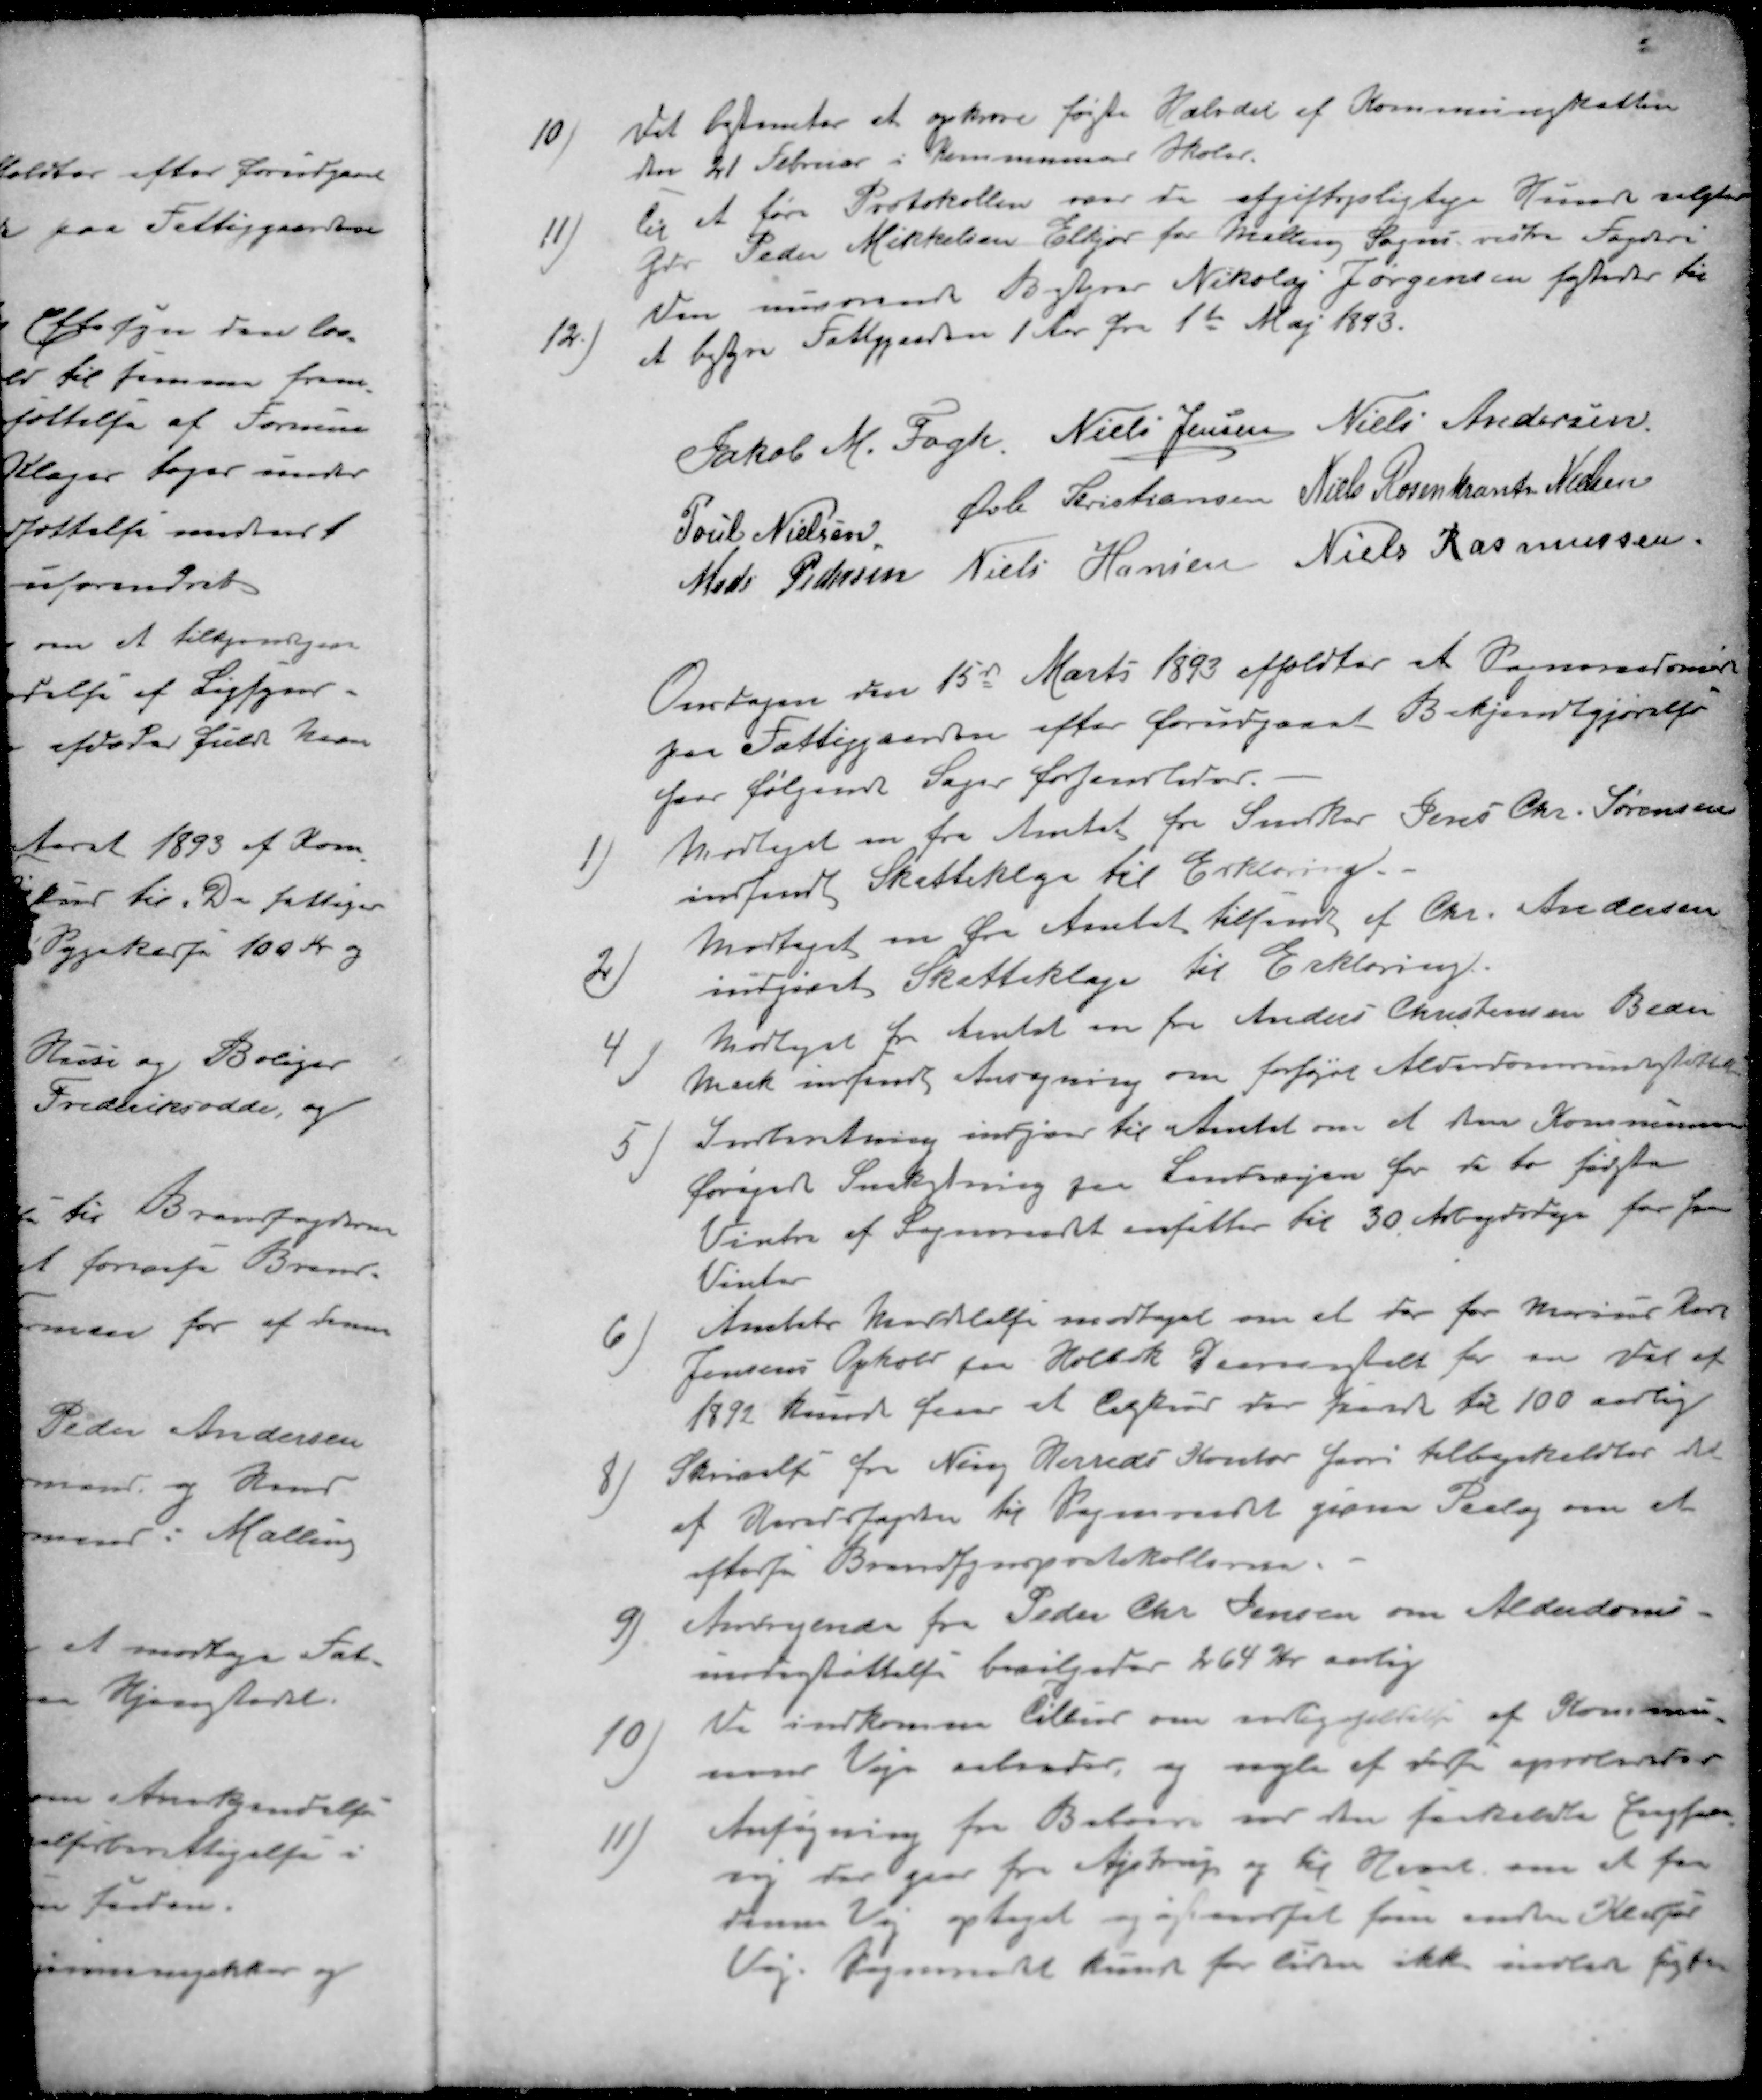
Transskription:
10 ) Det bestemtes at opkræve første Halvdel af Kommuneskatten
den 21 Februar i Kommunens Skoler.
11 ) til at føre Protokollen over de afgiftepligtige H valgtes
Gdr Peder Mikkelsen Elkjær for Malling Sogns vestre Fogderi
12 ) Den nuværende Bestyrer Nikolaj Jørgensen fæstedes til
at bestyre Fattigaarden 1 Aar fra 1te Maj 1843.
Jakob M. Fogh
Niels Jensen
Niels Andersen
Poul Nielsen
Øvli Kristiansen
Niels Rosenkrants Nielsen
Mads Pedersen
Niels Hansen
Niels Rasmussen
Onsdagen den 15de Marts 1893 afholdtes et Sogneraadsmøde
paa Fattiggaarden efter forudgaaet Bekjendtgjørelse
hvor følgende Sager forhandledes.
1 ) Modtaget en fra Amtet fra Snedker Jens Chr. Sørensen
indsendt Skatteklage til Erklæring.
2 ) Modtaget en fra Amtet tilsendt af Chr. Andersen
indgivet Skatteklage til Erklæring.
4 )Modtaget fra Amtet en fra Anders Christensen Beder
Mark indsendt Ansøgning om forhøjet Alderdomsunderstøttelse
5 ) Indberetning indgaar til Amtet om at den Kommunen
forøgede Snekastning paa Landevejen for de to første
Vintre af Sogneraadet ansættes til 30 Arbejdsdage for hver
Vinter
6 ) Amtets Meddelelse modtaget om at der for Marius Karl
Jensens Ophold paa Holbæk Daareanstalt for en del af
1892 Kunde faas et tilskud stor  til 100 aarlig
8 ) Skrivelse fra Ning Herreds Kontor hvori tilbagekaldes det
af  til Sogneraadet givne Paalæg om at
efterse Brandsynsprotokollerne.
9 ) Andragende fra Peder Chr. Jensen om Alderdoms
understøttelse bevilgedes 264 Kr. aarlig
10 ) De indkomme tilbud om vedligeholdelse af Kommu
nens Veje , og nogle af disse aproberedes
11 ) Ansøgning fra Beboere ved den sakaldte Engfor
vej der gaar fra Ajstrup og til  om at faa
denne Vej optaget og  som  
Vej. Sogneraadet kunde for tiden ikke  søgte